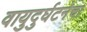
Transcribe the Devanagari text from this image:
वायुदुर्घटनेचा